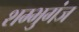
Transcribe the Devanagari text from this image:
शम्भुगंज